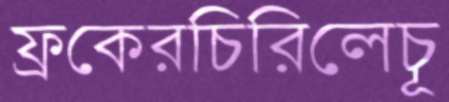
ফ্রকেরচিরিলেচূ